Education (Scotland) Act, 1918, 1918
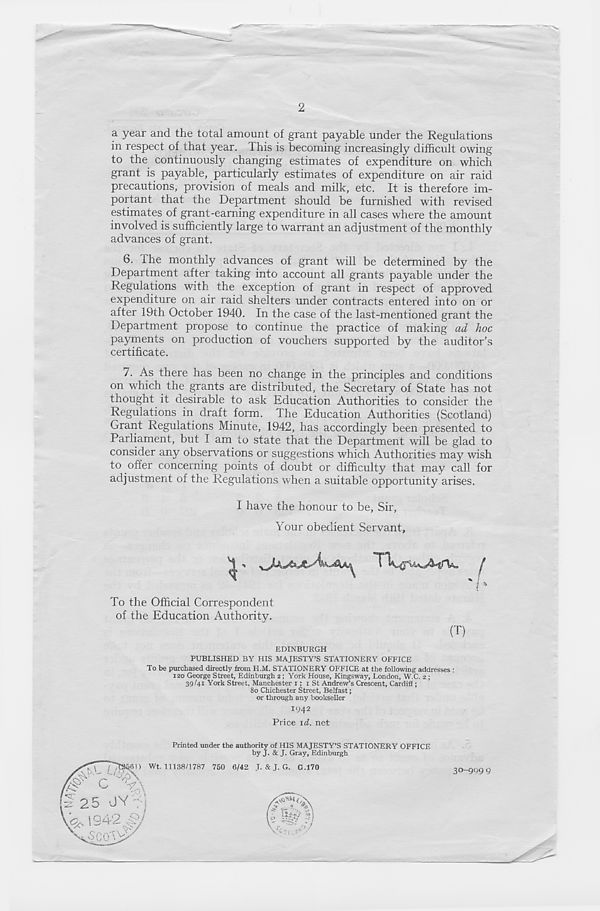
2
a year and the total amount of grant payable under the Regulations
in respect of that year. This is becoming increasingly difficult owing
to the continuously changing estimates of expenditure on which
grant is payable, particularly estimates of expenditure on air raid
precautions, provision of meals and milk, etc. It is therefore im-
portant that the Department should be furnished with revised
estimates of grant-earning expenditure in all cases where the amount
involved is sufficiently large to warrant an adjustment of the monthly
advances of grant.
6. The monthly advances of grant will be determined by the
Department after taking into account all grants payable under the
Regulations with the exception of grant in respect of approved
expenditure on air raid shelters under contracts entered into on or
after 19th October 1940. In the case of the last-mentioned grant the
Department propose to continue the practice of making ad hoc
payments on production of vouchers supported by the auditor’s
certificate.
7. As there has been no change in the principles and conditions
on which the grants are distributed, the Secretary of State has not
thought it desirable to ask Education Authorities to consider the
Regulations in draft form. The Education Authorities (Scotland)
Grant Regulations Minute, 1942, has accordingly been presented to
Parliament, but I am to state that the Department will be glad to
consider any observations or suggestions which Authorities may wish
to offer concerning points of doubt or difficulty that may call for
adjustment of the Regulations when a suitable opportunity arises.
I have the honour to be, Sir,
Your obedient Servant,
To the Official Correspondent
of the Education Authority.
(T)
EDINBURGH
PUBLISHED BY HIS MAJESTY’S STATIONERY OFFICE
To be purchased directly from H.M. STATIONERY OFFICE at the following addresses :
120 George Street, Edinburgh 2; York House, Kingsway, London, W.C. 2 ;
39/41 York Street, Manchester 1; 1 St Andrew’s Crescent, Cardiff ;
80 Chichester Street, Belfast;
or through any bookseller
1942
Price id. net
Printed under the authority of HIS MAJESTY’S STATIONERY OFFICE
by J- & J- Gray, Edinburgh
30-9999